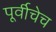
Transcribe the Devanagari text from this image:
पूर्वीचेच